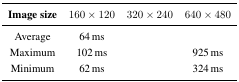
<table><thead><tr><td><b>Image size</b></td><td><b>160 × 120</b></td><td><b>320 × 240</b></td><td><b>640 × 480</b></td></tr></thead><tbody><tr><td>Average</td><td>64 ms</td><td>[EMPTY_CELL]</td><td>[EMPTY_CELL]</td></tr><tr><td>Maximum</td><td>102 ms</td><td>[EMPTY_CELL]</td><td>925 ms</td></tr><tr><td>Minimum</td><td>62 ms</td><td>[EMPTY_CELL]</td><td>324 ms</td></tr></tbody></table>